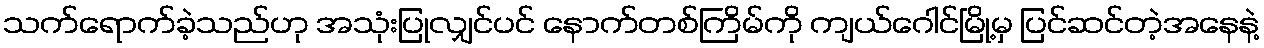
သက်ရောက်ခဲ့သည်ဟု အသုံးပြုလျှင်ပင် နောက်တစ်ကြိမ်ကို ကျယ်ဂေါင်မြို့မှ ပြင်ဆင်တဲ့အနေနဲ့